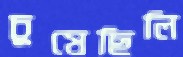
চুষেছিলি